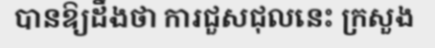
បានឱ្យដឹងថា ការជួសជុលនេះ ក្រសួង